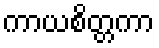
ကာယစိတ္တကာ